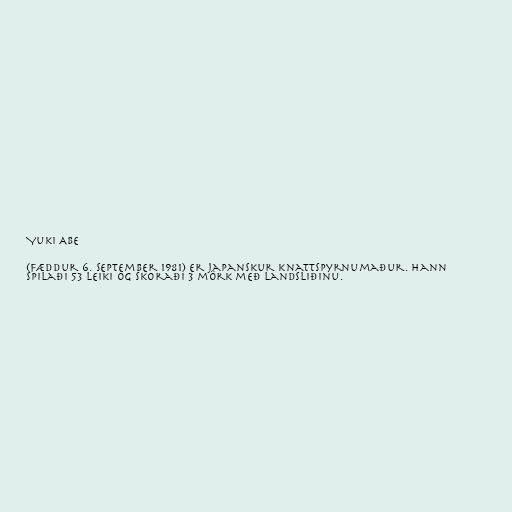
Yuki Abe

(fæddur 6. september 1981) er japanskur knattspyrnumaður. Hann
spilaði 53 leiki og skoraði 3 mörk með landsliðinu.